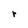
Character: r